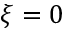
\xi = 0